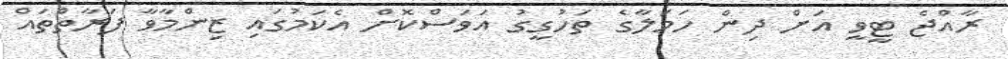
ރާއްޖެ ޓީވީ އަށް ދިން ހަމަލާގެ ތަހުގީގު އަވަސްކޮށް އެކަމުގައި ޒިންމާވާ ފަރާތްތައް